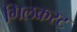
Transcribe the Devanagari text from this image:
गिलक्रस्ट